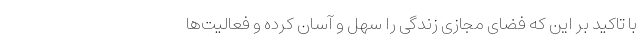
با تاکید بر این که فضای مجازی زندگی را سهل و آسان کرده و فعالیت‌ها